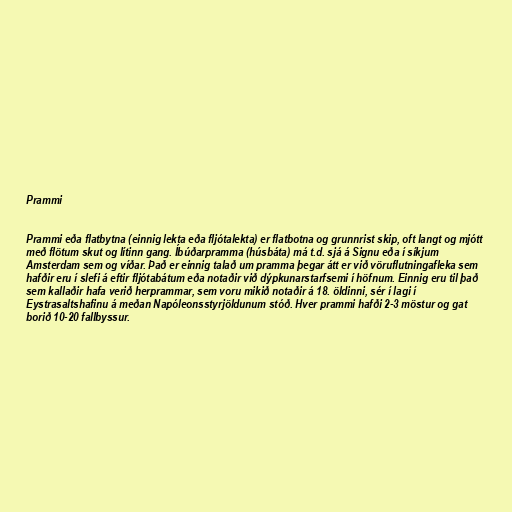
Prammi

Prammi eða flatbytna (einnig lekta eða fljótalekta) er flatbotna og grunnrist skip, oft langt og mjótt
með flötum skut og lítinn gang. Íbúðarpramma (húsbáta) má t.d. sjá á Signu eða í síkjum
Amsterdam sem og víðar. Það er einnig talað um pramma þegar átt er við vöruflutningafleka sem
hafðir eru í slefi á eftir fljótabátum eða notaðir við dýpkunarstarfsemi í höfnum. Einnig eru til það
sem kallaðir hafa verið herprammar, sem voru mikið notaðir á 18. öldinni, sér í lagi í
Eystrasaltshafinu á meðan Napóleonsstyrjöldunum stóð. Hver prammi hafði 2-3 möstur og gat
borið 10-20 fallbyssur.